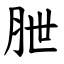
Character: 朑